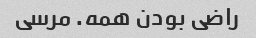
راضی بودن همه. مرسی